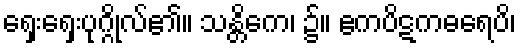
ရှေးရှေးပုဂ္ဂိုလ်၏။ သန္တိကေ၊ ၌။ ဧကပိဋကဓရေပိ၊